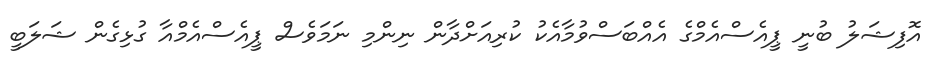
އޮފިޝަލު ބުނީ ޕީއެސްއެމްގެ އެއްބަސްވުމާއެކު ކުރިއަށްދާން ނިންމި ނަމަވެސް ޕީއެސްއެމްއާ ގުޅިގެން ޝަލަބީ